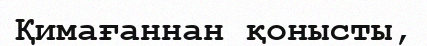
Қимағаннан қонысты,